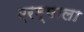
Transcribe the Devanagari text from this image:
एरम्पाला